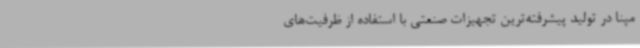
مپنا در تولید پیشرفته‌ترین تجهیزات صنعتی با استفاده از ظرفیت‌های